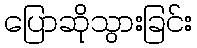
ပြောဆိုသွားခြင်း